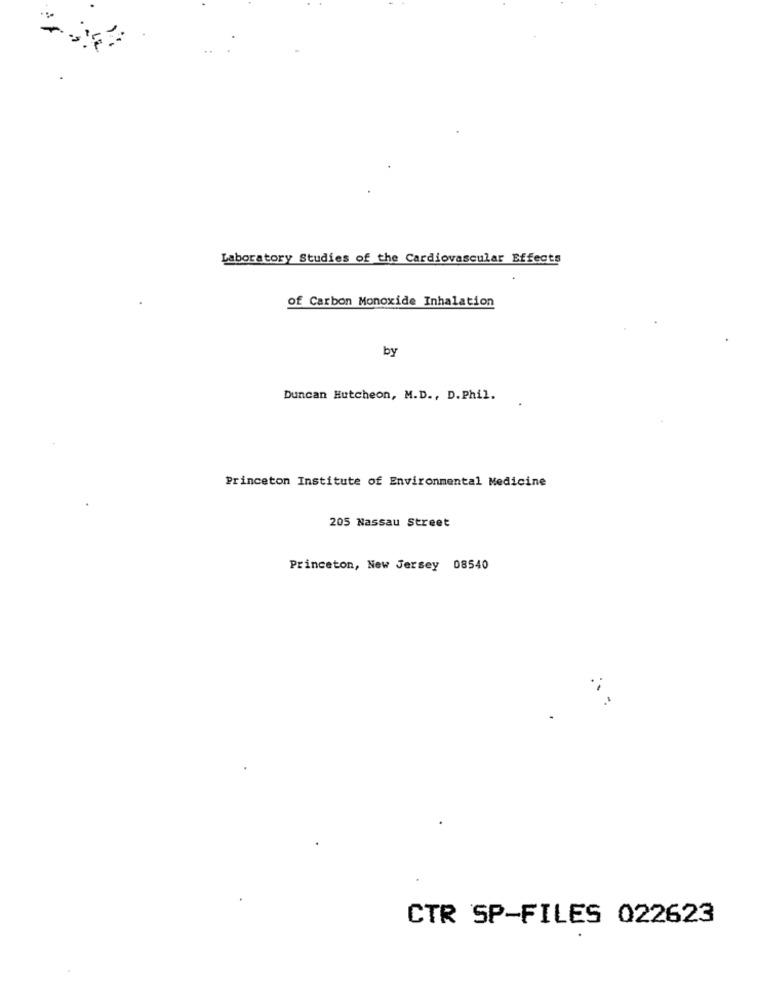
Laboratory Studies of the Cardiovascular Effects
of Carbon Monoxide Inhalation
by
Duncan Hutcheon, M.D ., D. Phil.
Princeton Institute of Environmental Medicine
205 Nassau Street
Princeton, New Jersey 08540
CTR SP-FILES 022623